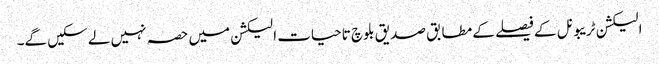
الیکشن ٹریبونل کے فیصلے کے مطابق صدیق بلوچ تاحیات الیکشن میں حصہ نہیں لے سکیں گے۔